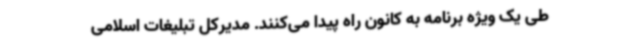
طی یک ویژه برنامه به کانون راه پیدا می‌کنند. مدیرکل تبلیغات اسلامی